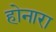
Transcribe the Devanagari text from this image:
होनारा